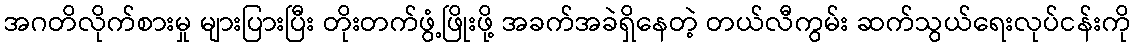
အဂတိလိုက်စားမှု များပြားပြီး တိုးတက်ဖွံ့ဖြိုးဖို့ အခက်အခဲရှိနေတဲ့ တယ်လီကွမ်း ဆက်သွယ်ရေးလုပ်ငန်းကို